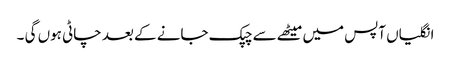
انگلیاں آپس میں میٹھے سے چپک جانے کے بعد چاٹی ہوں گی ۔